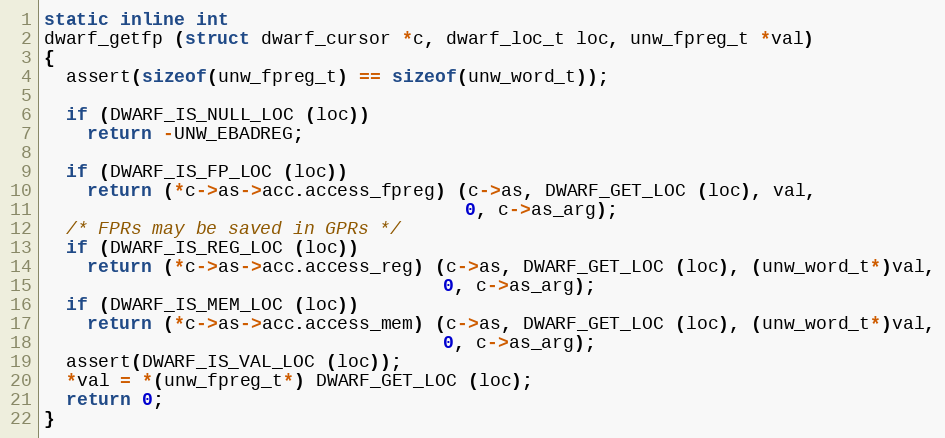
Language: C
static inline int
dwarf_getfp (struct dwarf_cursor *c, dwarf_loc_t loc, unw_fpreg_t *val)
{
  assert(sizeof(unw_fpreg_t) == sizeof(unw_word_t));

  if (DWARF_IS_NULL_LOC (loc))
    return -UNW_EBADREG;

  if (DWARF_IS_FP_LOC (loc))
    return (*c->as->acc.access_fpreg) (c->as, DWARF_GET_LOC (loc), val,
                                       0, c->as_arg);
  /* FPRs may be saved in GPRs */
  if (DWARF_IS_REG_LOC (loc))
    return (*c->as->acc.access_reg) (c->as, DWARF_GET_LOC (loc), (unw_word_t*)val,
                                     0, c->as_arg);
  if (DWARF_IS_MEM_LOC (loc))
    return (*c->as->acc.access_mem) (c->as, DWARF_GET_LOC (loc), (unw_word_t*)val,
                                     0, c->as_arg);
  assert(DWARF_IS_VAL_LOC (loc));
  *val = *(unw_fpreg_t*) DWARF_GET_LOC (loc);
  return 0;
}